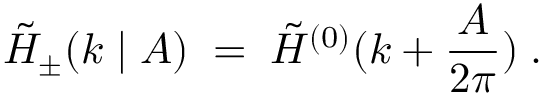
{ \tilde { \cal H } } _ { \pm } ( k \mid A ) \; = \; { \tilde { \cal H } } ^ { ( 0 ) } ( k + \frac { A } { 2 \pi } ) \; .